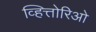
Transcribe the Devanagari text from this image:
व्हित्तोरिओ